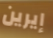
إيرين